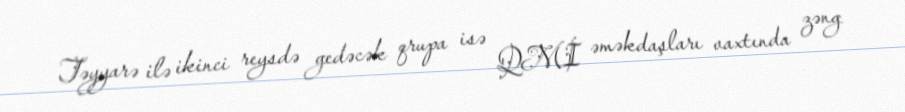
Təyyarə ilə ikinci reysdə gedəcək qrupa isə QMİ əməkdaşları vaxtında zəng